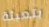
بتعبئة